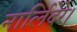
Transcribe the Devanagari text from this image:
नार्लिदेरे।